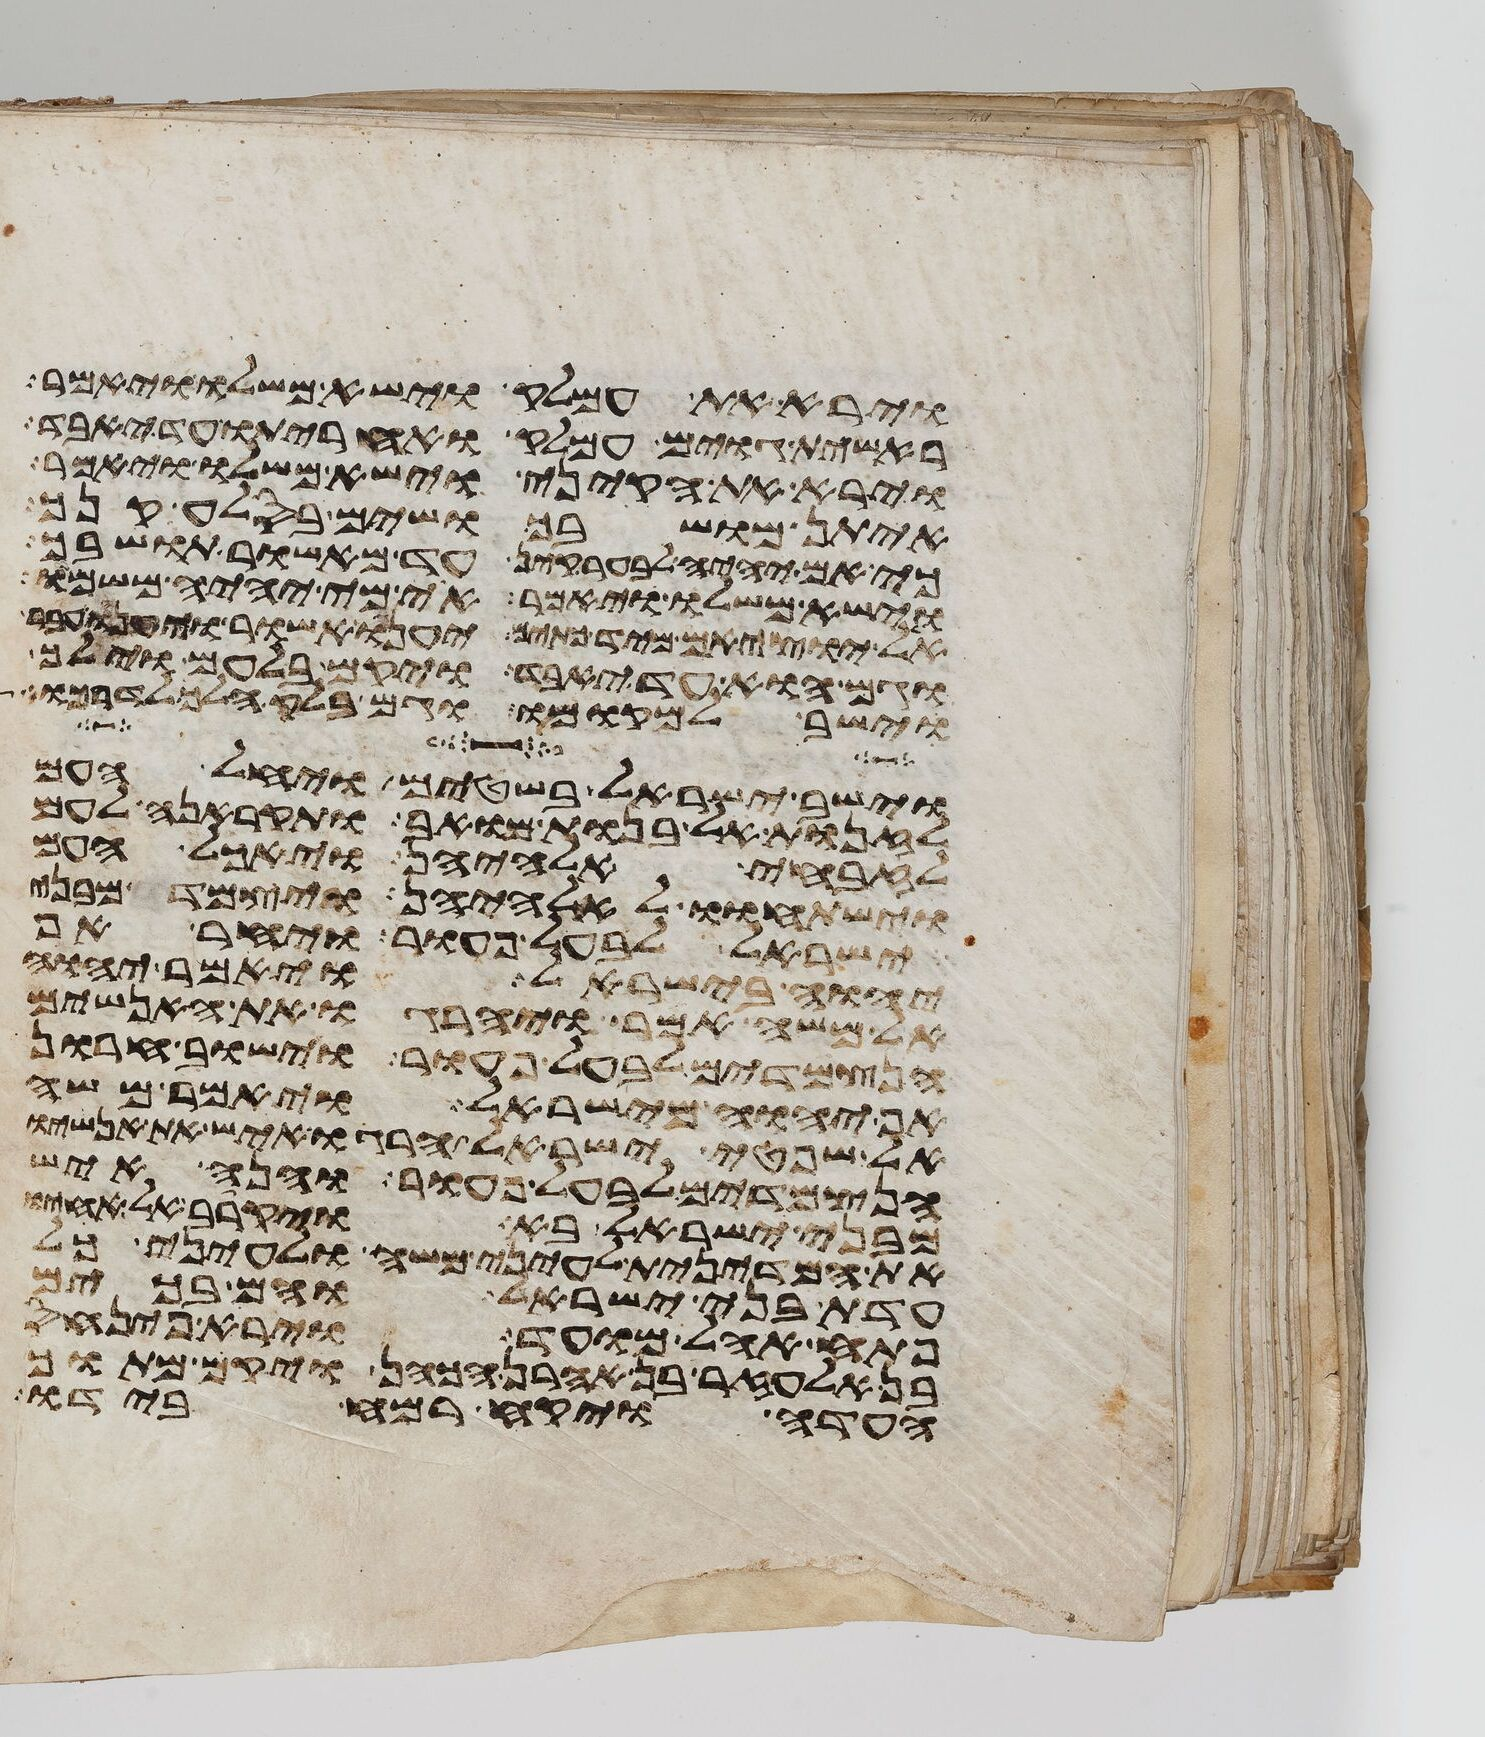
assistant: וירא את עמלק וישא משלו ויאמר
ראשית גוים עמלק ואחריתו עד יאבד
וירא את הקיני וישא משלו ויאמר
איתן מושבך ושים בסלע קנך
כי אם יהיה לבער קין עד מאשור תושבך
וישא משלו ויאמר אוי מי יהיה משמו
אל יוציאם מיד כתים יענו אשור ויענו עבר
וגם הוא עד יאבד ויקם בלעם וילך
וישב למקומו וגם בלק הלך לדרכו
וישב ישראל בשטים ויחל העם
לזנות אל בנות מואב ותקראנה לעם
לזבחי אלהיהן ויאכל העם
וישתחוי לאלהיהן ויצמד מבני
ישראל לבעל פעור ויחר אף
יהוה בישראל ויאמר יהוה
אל משה אמר ויהרגו את האנשים
הנצמדים לבעל פעור וישוב חרון
אף יהוה מישראל ויאמר משה
אל שפטי ישראל הרגו איש את אנשיו
הנצמדים לבעל פעור והנה איש
מבני ישראל בא ויקרב אל אחיו
את המדינית לעיני משה ולעיני כל
עדת בני ישראל והם בכים
פתח אהל מועד וירא פינחס
אלעזר בן אהרן הכהן ויקם מתוך
העדה ויקח רמח בידו